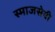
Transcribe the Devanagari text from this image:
स्माजसेवी